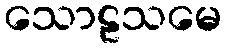
သောဠသမေ